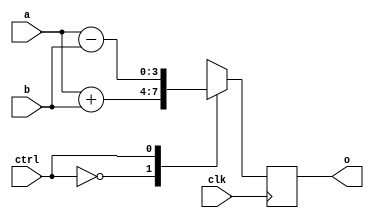
// Add or subtract inputs depending on control. 0 for add, 1 for sub. Returns the result.
module AddSub(a, b, ctrl, o, clk);

input [3:0] a, b;
input ctrl, clk;
output [3:0] o;

reg [3:0] m_O;
assign o = m_O;

parameter CTRL_ADD = 1'b0, CTRL_SUB = 1'b1;

always @(posedge clk) begin
    case(ctrl)
        CTRL_ADD: begin
            m_O = a + b;
        end
        CTRL_SUB: begin
            m_O = a - b;
        end
    endcase
end

endmodule